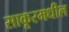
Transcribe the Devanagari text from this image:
साकूरमधील